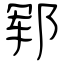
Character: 郓